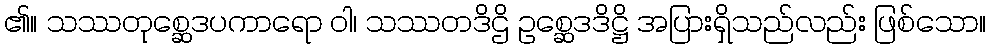
၏။ သဿတုစ္ဆေဒပကာရော ဝါ၊ သဿတဒိဌိ ဥစ္ဆေဒဒိဋ္ဌိ အပြားရှိသည်လည်း ဖြစ်သော။